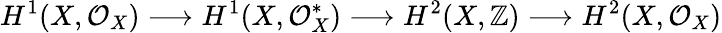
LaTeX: H^{1}(X,{\mathcal{O}}_{X})\longrightarrow H^{1}(X,{\mathcal{O}}_{X}^{*})\longrightarrow H^{2}(X,\mathbb{Z})\longrightarrow H^{2}(X,{\mathcal{O}}_{X})